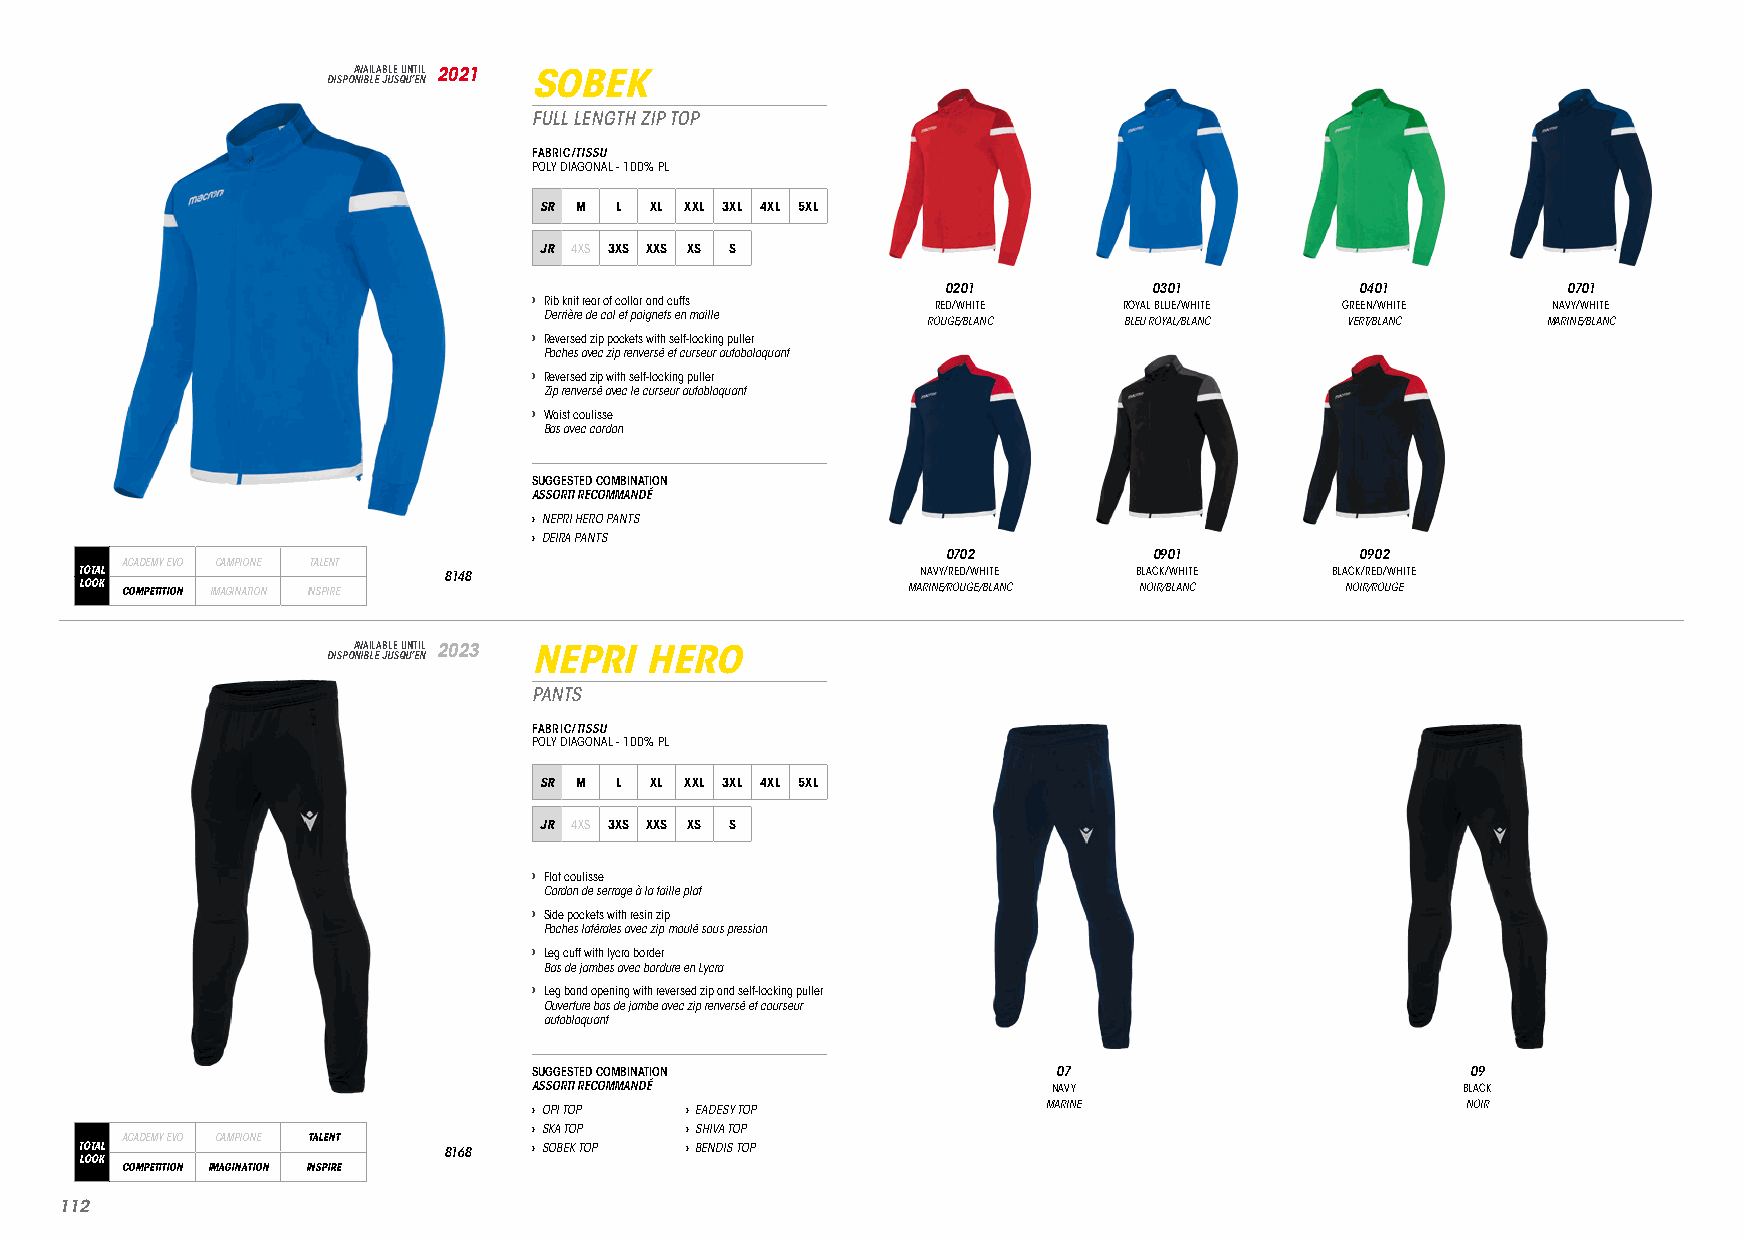
DISPOA NV IBA LIL EA JB ULE S QU UN ’T EI NL 2021 SOBEK
 FULL LENGTH ZIP TOP
 FABRIC/TISSU
 POLY DIAGONAL - 100% PL
 SR M L XL XXL 3XL 4XL 5XL
 JR 4XS 3XS XXS XS S
 0201         0301          0401          0701
 › Rib knit rear of collar and cuffs RED/WHITE ROYAL BLUE/WHITE GREEN/WHITE NAVY/WHITE
 Derrière de col et poignets en maille
 ROUGE/BLANC  BLEU ROYAL/BLANC VERT/BLANC MARINE/BLANC
 › Reversed zip pockets with self-locking puller
 Poches avec zip renversé et curseur autoboloquant
 › Reversed zip with self-locking puller
 Zip renversé avec le curseur autobloquant
 › Waist coulisse
 Bas avec cordon
 SUGGESTED COMBINATION
 ASSORTI RECOMMANDÉ
 › NEPRI HERO PANTS
 › DEIRA PANTS
 0702         0901          0902
 ACADEMY EVO CAMPIONE TALENT
 TOTAL                   8148                            NAVY/RED/WHITE BLACK/WHITE BLACK/RED/WHITE
 LOOK COMPETITION IMAGINATION INSPIRE                   MARINE/ROUGE/BLANC NOIR/BLANC NOIR/ROUGE
 DISPOA NV IBA LIL EA JB ULE S QU UN ’T EI NL 2023 NEPRI HERO
 PANTS
 FABRIC/TISSU
 POLY DIAGONAL - 100% PL
 SR M L XL XXL 3XL 4XL 5XL
 JR 4XS 3XS XXS XS S
 › Flat coulisse
 Cordon de serrage à la taille plat
 › Side pockets with resin zip
 Poches latérales avec zip moulé sous pression
 › Leg cuff with lycra border
 Bas de jambes avec bordure en Lycra
 › Leg band opening with reversed zip and self-locking puller
 Ouverture bas de jambe avec zip renversé et courseur
 autobloquant
 SUGGESTED COMBINATION              07                         09
 ASSORTI RECOMMANDÉ                 NAVY                       BLACK
 › OPI TOP › EADESY TOP            MARINE                      NOIR
 › SKA TOP › SHIVA TOP
 ACADEMY EVO CAMPIONE TALENT
 TOTAL                   8168  › SOBEK TOP › BENDIS TOP
 LOOK
 COMPETITION IMAGINATION INSPIRE
 111122